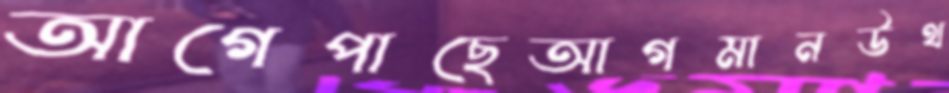
আগেপাছেআগমানউথ